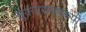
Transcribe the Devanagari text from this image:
सूर्यनारायणरुपी